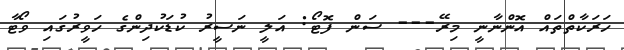
ހަރަކާތްތައް އޮންނާނީ މިރޭ--- ސަން ފޮޓޯ: އަލީ ނަސީރު ކުޑަކުދިންގެ ހަވީރުގައި ވޯޓާ